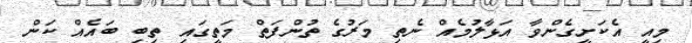
މިއީ އެކަށީގެންވާ އަޅާލުމެއް ނެތި މަރުގެ ތުންފަތް މަތީގައި ތިބި ބައެއް ކަން